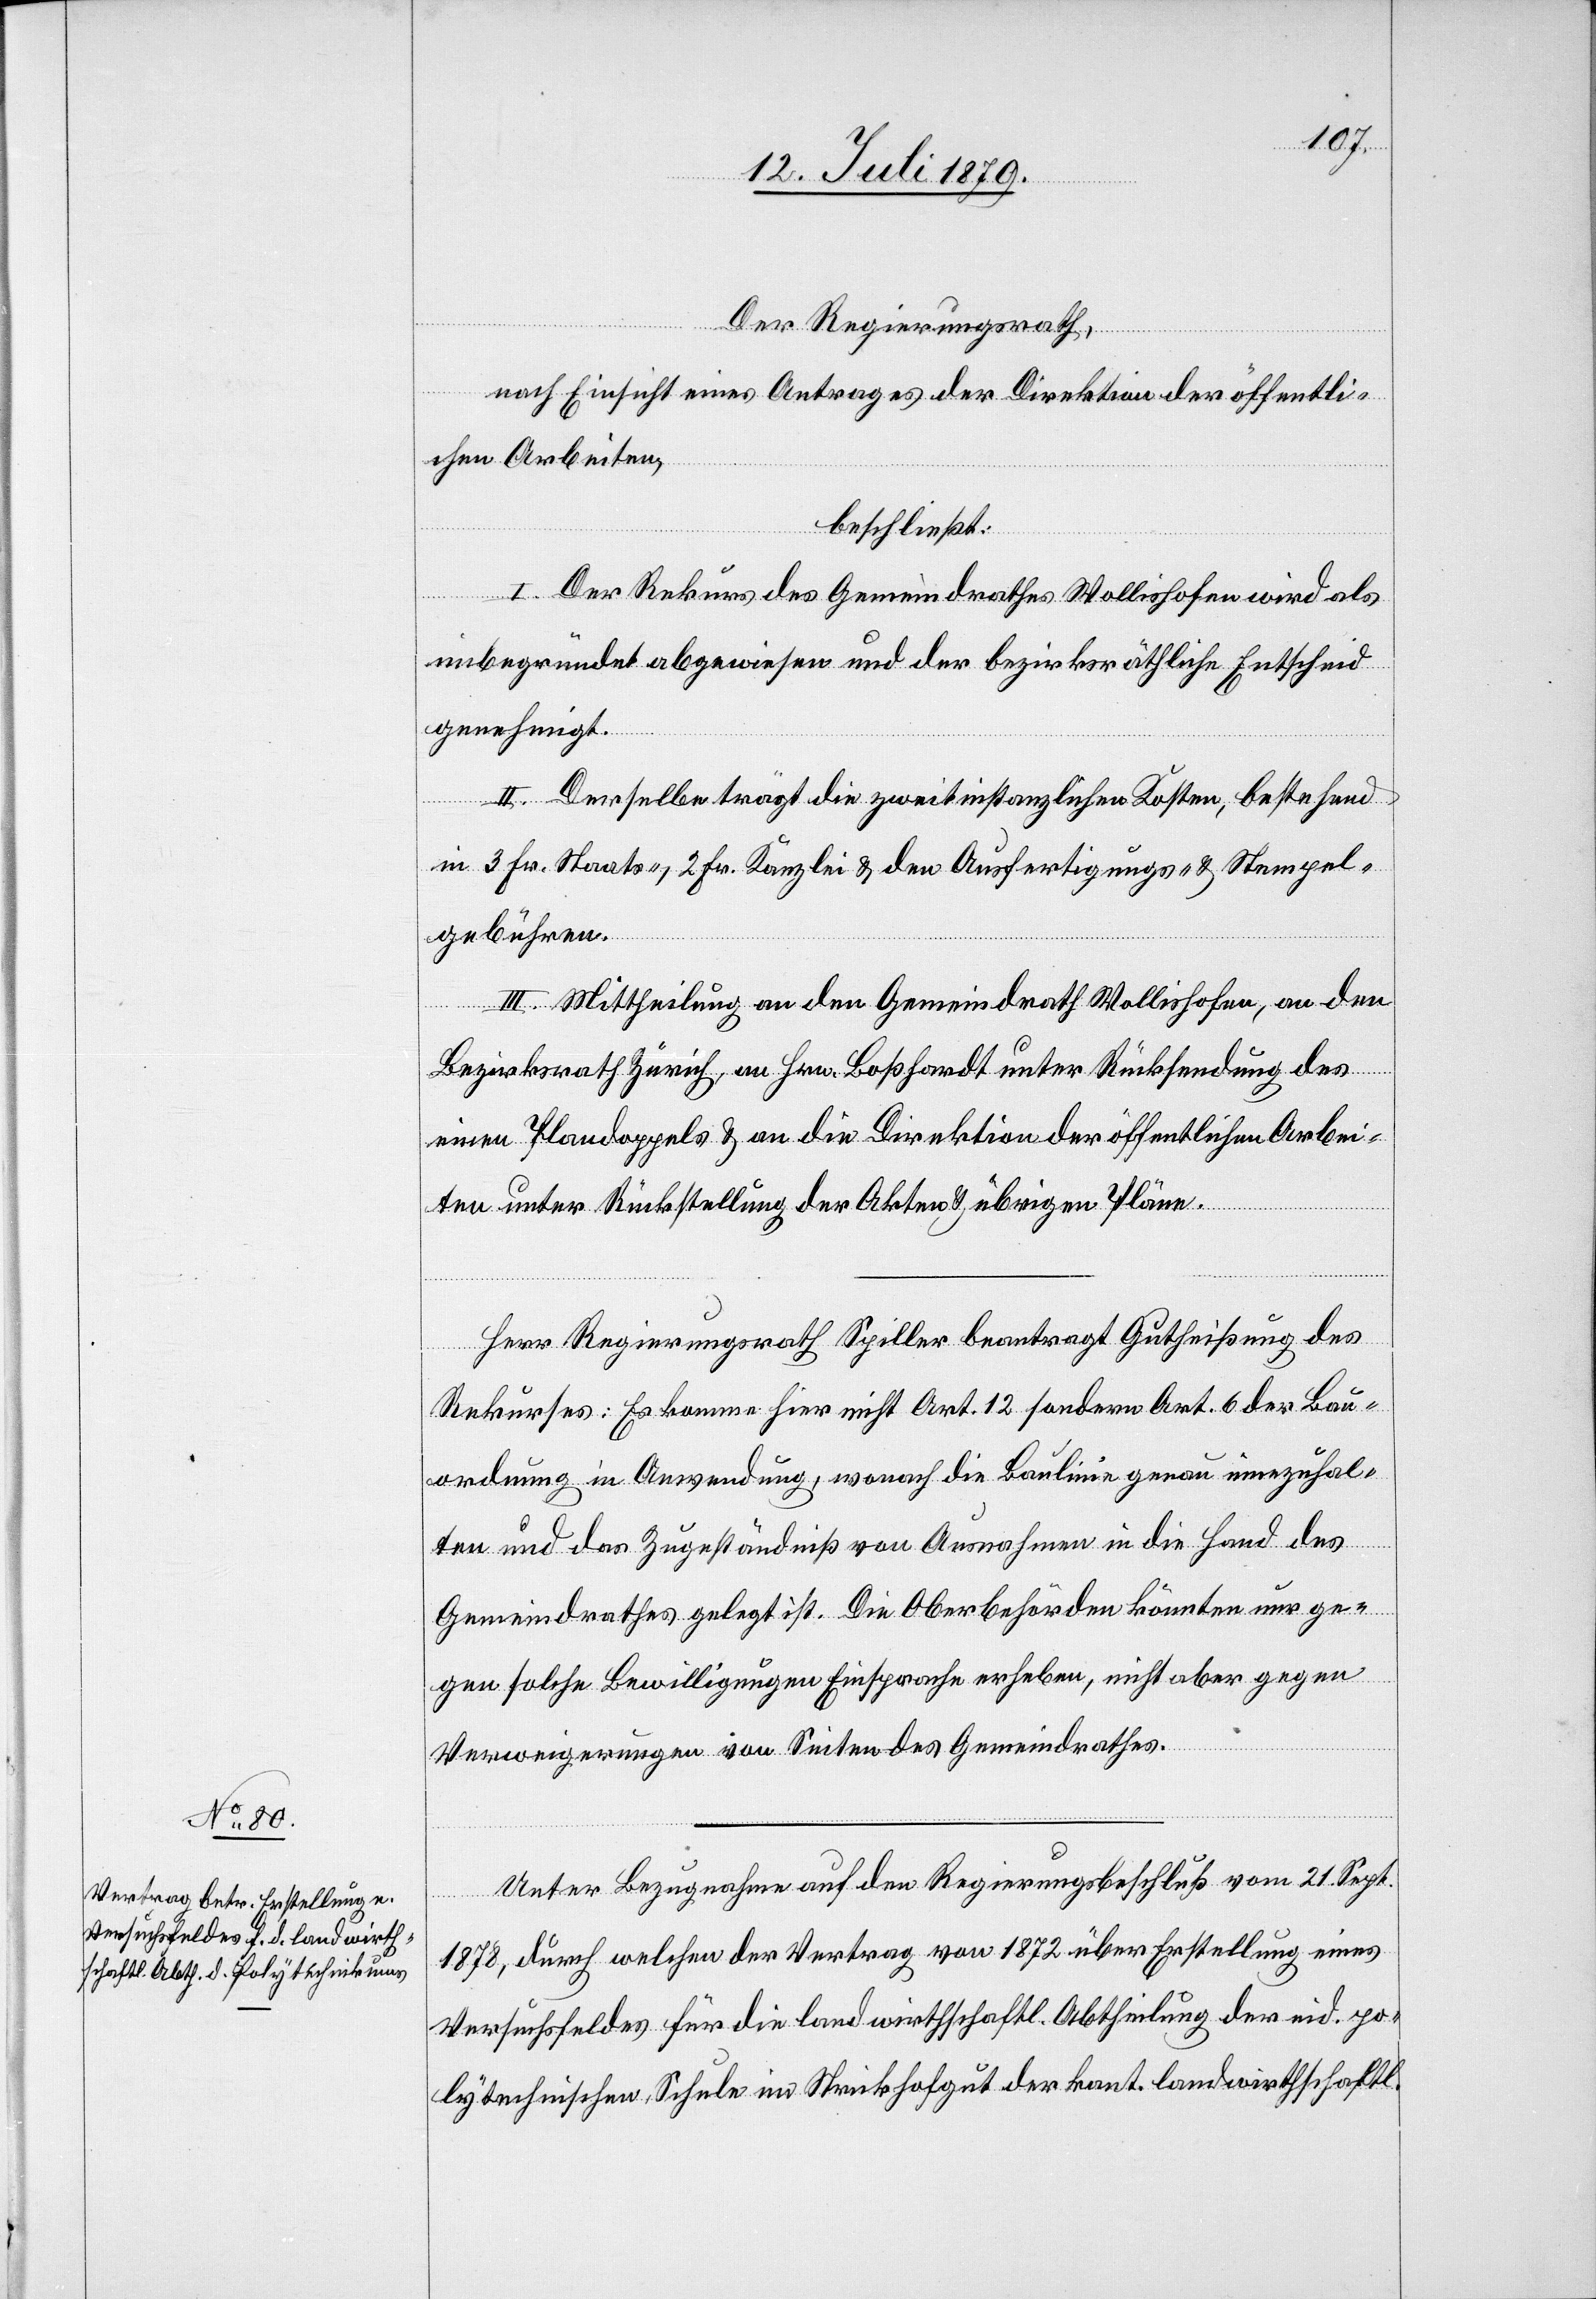
Der Regierungsrath,
nach Einsicht eines Antrages der Direktion der öffentli¬
chen Arbeiten,
beschließt:
I. Der Rekurs des Gemeindrathes Wollishofen wird als
unbegründet abgewiesen und der bezirksräthliche Entscheid
genehmigt.
II. Derselbe trägt die zweitinstanzlichen Kosten, bestehend
in 3 Fr. Staats-, 2 Fr. Kanzlei[-] & den Ausfertigungs- & Stempel¬
gebühren.
III. Mittheilung an den Gemeindrath Wollishofen, an den
Bezirksrath Zürich, an Hrn. Boßhardt unter Rücksendung des
einen Plandoppels & an die Direktion der öffentlichen Arbei¬
ten unter Rückstellung der Akten & übrigen Pläne.
Herr Regierungsrath Spiller beantragt Gutheißung des
Rekurses: Es komme hier nicht Art. 12 sondern Art. 6 der Bau¬
ordnung in Anwendung, wonach die Baulinie genau innezuhal¬
ten und das Zugeständniß von Ausnahmen in die Hand des
Gemeindrathes gelegt ist. Die Oberbehörden könnten nur ge¬
gen solche Bewilligungen Einsprache erheben, nicht aber gegen
Verweigerungen von Seiten des Gemeindrathes.
Unter Bezugnahme auf den Regierungsbeschluß vom 21. Sept.
1878, durch welchen der Vertrag von 1872 über Erstellung eines
Versuchsfeldes für die landwirthschaftl. Abtheilung der eid. po¬
lytechnischen Schule im Strickhofgut der kant. landwirthschaftl.